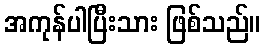
အကုန်ပါပြီးသား ဖြစ်သည်။